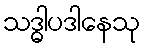
သဒ္ဓါပဒါနေသု